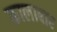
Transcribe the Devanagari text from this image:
कालाबार